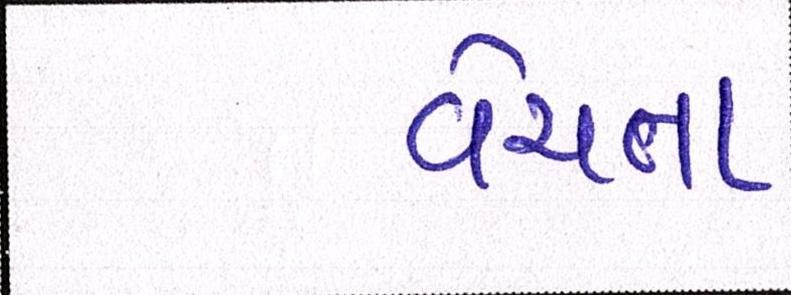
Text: વેચતા